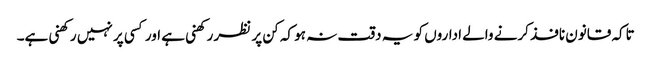
تاکہ قانون نافذ کرنے والے اداروں کو یہ دقت نہ ہو کہ کن پر نظر رکھنی ہے اور کسی پر نہیں رکھنی ہے۔